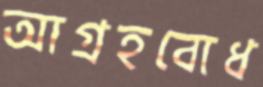
আগ্রহবোধ